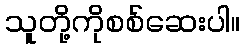
သူတို့ကိုစစ်ဆေးပါ။